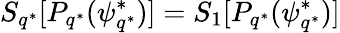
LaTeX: S_{q^{*}}[P_{q^{*}}(\psi_{q^{*}}^{*})]=S_{1}[P_{q^{*}}(\psi_{q^{*}}^{*})]